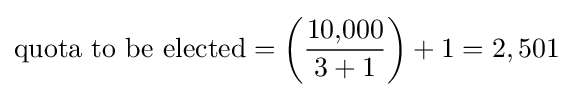
{\mbox{quota to be elected}}=\left({{\rm {\mbox{10,000}}} \over {\rm {\mbox{3}}}+1}\right)+1=2,501